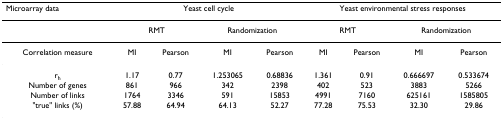
<table><thead><tr><td><b>Microarray data</b></td><td colspan="4"><b>Yeast cell cycle</b></td><td colspan="4"><b>Yeast environmental stress responses</b></td></tr></thead><tbody><tr><td></td><td colspan="2">RMT</td><td colspan="2">Randomization</td><td colspan="2">RMT</td><td colspan="2">Randomization</td></tr><tr><td>Correlation measure</td><td>MI</td><td>Pearson</td><td>MI</td><td>Pearson</td><td>MI</td><td>Pearson</td><td>MI</td><td>Pearson</td></tr><tr><td>r<sub>h</sub></td><td>1.17</td><td>0.77</td><td>1.253065</td><td>0.68836</td><td>1.361</td><td>0.91</td><td>0.666697</td><td>0.533674</td></tr><tr><td>Number of genes</td><td>861</td><td>966</td><td>342</td><td>2398</td><td>402</td><td>523</td><td>3883</td><td>5266</td></tr><tr><td>Number of links</td><td>1764</td><td>3346</td><td>591</td><td>15853</td><td>4991</td><td>7160</td><td>625161</td><td>1585805</td></tr><tr><td>&quot;true&quot; links (%)</td><td>57.88</td><td>64.94</td><td>64.13</td><td>52.27</td><td>77.28</td><td>75.53</td><td>32.30</td><td>29.86</td></tr></tbody></table>